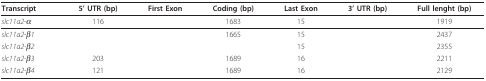
<table><thead><tr><td><b>Transcript</b></td><td><b>5' UTR (bp)</b></td><td><b>First Exon</b></td><td><b>Coding (bp)</b></td><td><b>Last Exon</b></td><td><b>3' UTR (bp)</b></td><td><b>Full lenght (bp)</b></td></tr></thead><tbody><tr><td><i>slc11a2-α</i></td><td>116</td><td>[EMPTY_CELL]</td><td>1683</td><td>15</td><td>[EMPTY_CELL]</td><td>1919</td></tr><tr><td><i>slc11a2-β1</i></td><td>[EMPTY_CELL]</td><td>[EMPTY_CELL]</td><td>1665</td><td>15</td><td>[EMPTY_CELL]</td><td>2437</td></tr><tr><td><i>slc11a2-β2</i></td><td>[EMPTY_CELL]</td><td>[EMPTY_CELL]</td><td>[EMPTY_CELL]</td><td>15</td><td>[EMPTY_CELL]</td><td>2355</td></tr><tr><td><i>slc11a2-β3</i></td><td>203</td><td>[EMPTY_CELL]</td><td>1689</td><td>16</td><td>[EMPTY_CELL]</td><td>2211</td></tr><tr><td><i>slc11a2-β4</i></td><td>121</td><td>[EMPTY_CELL]</td><td>1689</td><td>16</td><td>[EMPTY_CELL]</td><td>2129</td></tr></tbody></table>